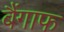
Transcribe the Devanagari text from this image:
बैंगाफ